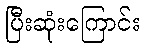
ပြီးဆုံးကြောင်း